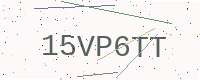
Text: 15VP6TT